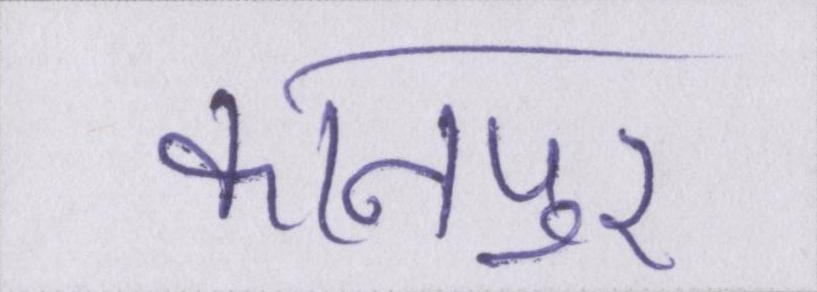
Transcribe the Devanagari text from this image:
कानपुर